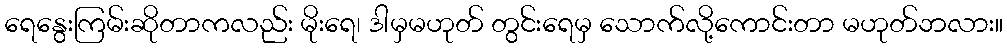
ရေနွေးကြမ်းဆိုတာကလည်း မိုးရေ၊ ဒါမှမဟုတ် တွင်းရေမှ သောက်လို့ကောင်းတာ မဟုတ်ဘလား။